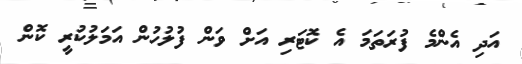
އަދި އެންމެ ފުރަތަމަ އެ ކޮޓަރި އަށް ވަން ފުލުހުން އަމަލުކުރީ ކޮން